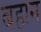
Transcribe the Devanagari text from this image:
बहान